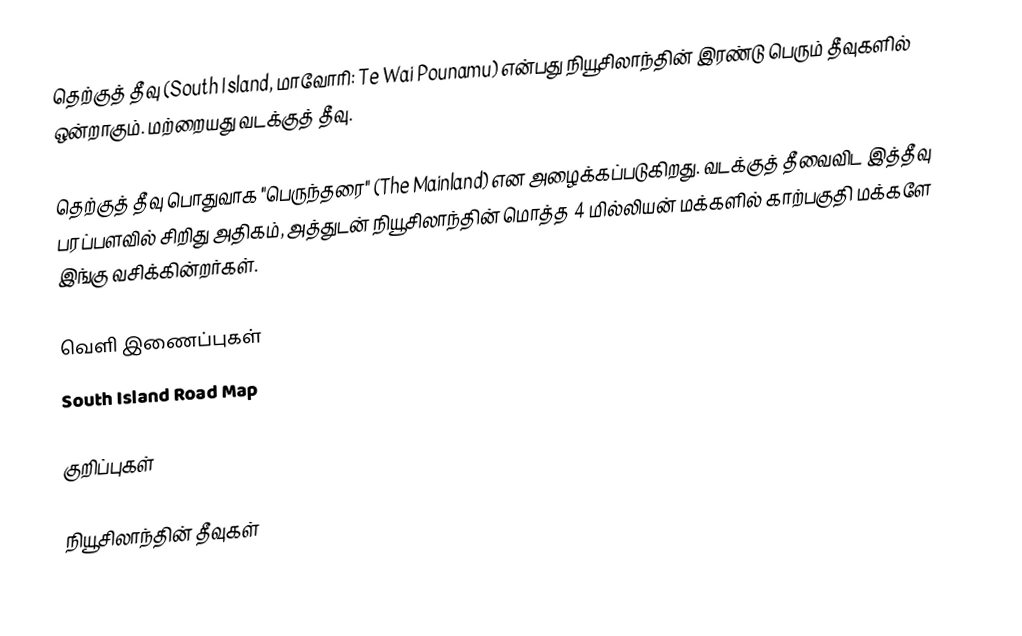
தெற்குத் தீவு (South Island, மாவோரி: Te Wai Pounamu) என்பது நியூசிலாந்தின் இரண்டு பெரும் தீவுகளில் ஒன்றாகும். மற்றையது வடக்குத் தீவு.

தெற்குத் தீவு பொதுவாக "பெருந்தரை" (The Mainland) என அழைக்கப்படுகிறது. வடக்குத் தீவைவிட இத்தீவு பரப்பளவில் சிறிது அதிகம், அத்துடன் நியூசிலாந்தின் மொத்த 4 மில்லியன் மக்களில் காற்பகுதி மக்களே இங்கு வசிக்கின்றர்கள்.

வெளி இணைப்புகள்
 South Island Road Map

குறிப்புகள்

நியூசிலாந்தின் தீவுகள்